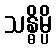
သန္ဓိမ္ပိ